Annual returns of the Patna Lunatic Asylum at Bankipore in Bihar and Orissa - 1912-1924
Year: 1912
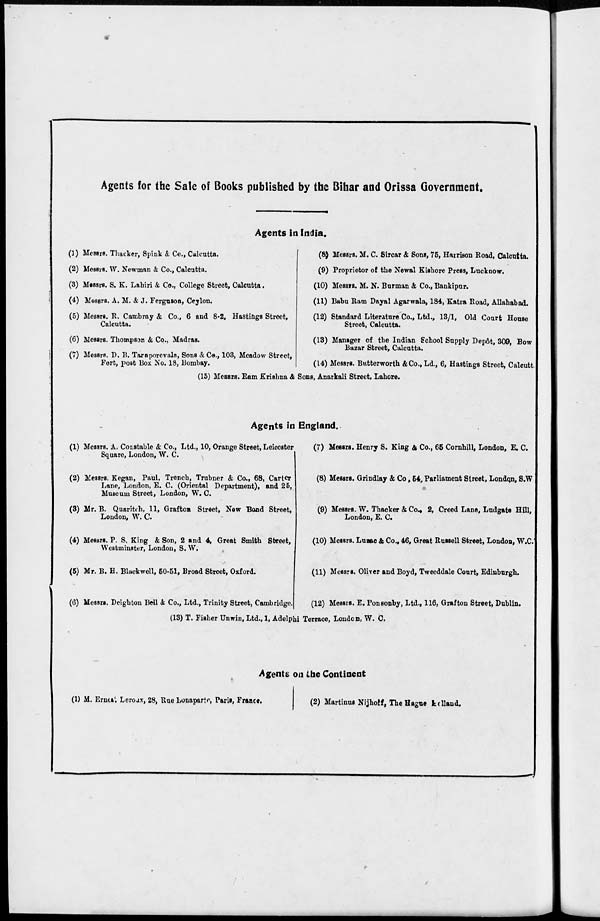
Agents for the Sale of Books published by the Bihar and Orissa Government.
Agents In India.
(1) Messrs. Thacker, Spink & Co., Calcutta.
(2) Messrs. W. Newman & Co., Calcutta.
(3) Messrs. S. K. Lahiri & Co., College Street, Calcutta.
(4) Messrs. A. M. & J. Ferguson, Ceylon.
(5) Messrs. R. Cambray & Co., 6 and 8-2, Hastings Street,
Calcutta.
(6) Messrs. Thompson & Co., Madras.
(7) Messrs. D. B. Taraporevala, Sons & Co., 103, Meadow Street,
Fort, post Box No. 18, Bombay.
(8) Messrs. M. C. Sircar & Sons, 75, Harrison Road, Calcutta.
(9) Proprietor of the Newal Kishore Press, Lucknow.
(10) Messrs. M. N. Burman & Co., Bankipur.
(11) Babu Ram Dayal Agarwala, 184, Katra Road, Allahabad.
(12) Standard Literature Co., Ltd., 13/1, Old Court House
Street, Calcutta.
(13) Manager of the Indian School Supply Depôt, 309, Bow
Bazar Street, Calcutta.
(14) Messrs. Butterworth & Co., Ld., 6, Hastings Street, Calcutta.
(15) Messrs. Ram Krishna & Sons, Anarkali Street, Lahore.
Agents in England.
(1) Messrs. A. Constable & Co., Ltd., 10, Orange Street, Leicester
Square, London, W. C.
(2) Messrs. Kegan, Paul, Trench, Trubner & Co., 68, Carter
Lane, London, E. C. (Oriental Department), and 25,
Museum Street, London, W. C.
(3) Mr. B. Quaritch, 11, Grafton Street, New Bond Street,
London, W. C.
(4) Messrs. P. S. King & Son, 2 and 4, Great Smith Street,
Westminster, London, S. W.
(5) Mr. B. H. Blackwell, 50-51, Broad Street, Oxford.
(6) Messrs. Deighton Bell & Co., Ltd., Trinity Street, Cambridge.
(7) Messrs. Henry S. King & Co., 65 Cornhill, London, E. C.
(8) Messrs. Grindlay & Co., 54, Parliament Street, London, S.W.
(9) Messrs. W. Thacker & Co., 2, Creed Lane, Ludgate Hill,
London, E. C.
(10) Messrs. Luzac & Co., 46, Great Russell Street, London, W.C.
(11) Messrs. Oliver and Boyd, Tweeddale Court, Edinburgh.
(12) Messrs. E. Ponsonby, Ltd., 116, Grafton Street, Dublin.
(13) T. Fisher Unwin, Ltd., 1, Adelphi Terrace, London, W. C.
Agents on the Continent
(1) M. Ernest Leroux, 28, Rue Bonaparte, Paris, France.
(2) Martinus Nijhoff, The Hague Holland.